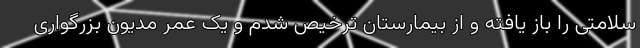
سلامتی را باز یافته و از بیمارستان ترخیص شدم و یک عمر مدیون بزرگواری